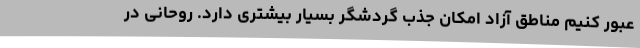
عبور کنیم مناطق آزاد امکان جذب گردشگر بسیار بیشتری دارد. روحانی در